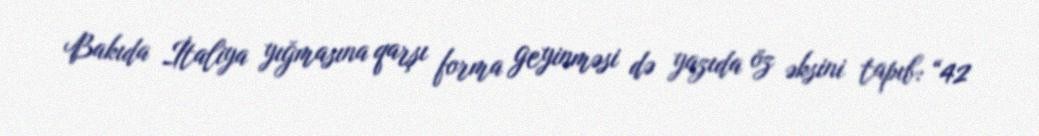
Bakıda İtaliya yığmasına qarşı forma geyinməsi də yazıda öz əksini tapıb: “42